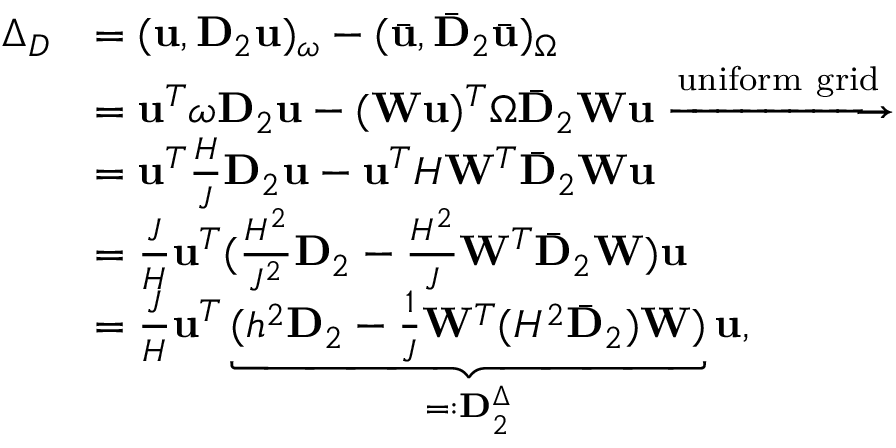
\begin{array} { r l } { \Delta _ { D } } & { = ( \mathbf { u } , \mathbf { D } _ { 2 } \mathbf { u } ) _ { \omega } - ( \bar { \mathbf { u } } , \bar { \mathbf { D } } _ { 2 } \bar { \mathbf { u } } ) _ { \Omega } } \\ & { = \mathbf { u } ^ { T } \boldsymbol { \omega } \mathbf { D } _ { 2 } \mathbf { u } - ( \mathbf { W } \mathbf { u } ) ^ { T } \boldsymbol { \Omega } \bar { \mathbf { D } } _ { 2 } \mathbf { W } \mathbf { u } \xrightarrow { \mathrm { u n i f o r m ~ g r i d } } } \\ & { = \mathbf { u } ^ { T } \frac { H } { J } \mathbf { D } _ { 2 } \mathbf { u } - \mathbf { u } ^ { T } H \mathbf { W } ^ { T } \bar { \mathbf { D } } _ { 2 } \mathbf { W } \mathbf { u } } \\ & { = \frac { J } { H } \mathbf { u } ^ { T } ( \frac { H ^ { 2 } } { J ^ { 2 } } \mathbf { D } _ { 2 } - \frac { H ^ { 2 } } { J } \mathbf { W } ^ { T } \bar { \mathbf { D } } _ { 2 } \mathbf { W } ) \mathbf { u } } \\ & { = \frac { J } { H } \mathbf { u } ^ { T } \underbrace { ( h ^ { 2 } \mathbf { D } _ { 2 } - \frac { 1 } { J } \mathbf { W } ^ { T } ( H ^ { 2 } \bar { \mathbf { D } } _ { 2 } ) \mathbf { W } ) } _ { = : \mathbf { D } _ { 2 } ^ { \Delta } } \mathbf { u } , } \end{array}